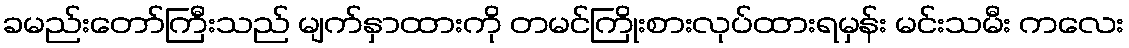
ခမည်းတော်ကြီးသည် မျက်နှာထားကို တမင်ကြိုးစားလုပ်ထားရမှန်း မင်းသမီး ကလေး